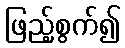
ဖြည့်စွက်၍